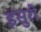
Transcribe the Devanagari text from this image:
इंसुरी